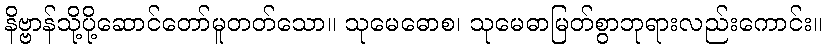
နိဗ္ဗာန်သို့ပို့ဆောင်တော်မူတတ်သော။ သုမေဓောစ၊ သုမေဓာမြတ်စွာဘုရားလည်းကောင်း။